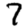
Digit: 7